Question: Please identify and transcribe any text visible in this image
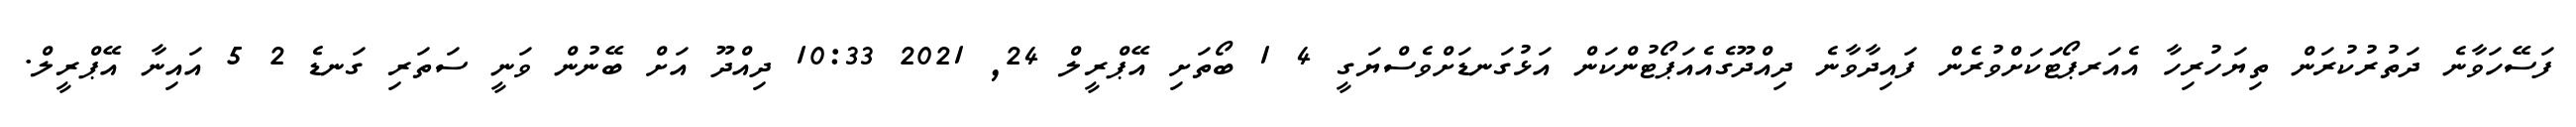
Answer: ފަސޭހަވާނެ ދަތުރުކުރަން ތިޔަހުރިހާ އެއަރޕޯޓަަކަށްވުރެން ފައިދާވާނެ ދިއްދޫގެއެއަޕޯޓުންކަން އަޅުގަނޑަށްވެސްޔަގީ 4 1 ބޯތަށި އޭޕްރީލް 24, 2021 10:33 ދިއްދޫ އަށް ބޭނުން ވަނީ ސަތަރި ގަނޑެ 2 5 އައިނާ އޭޕްރީލް.